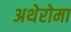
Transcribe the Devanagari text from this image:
अथेरोमा